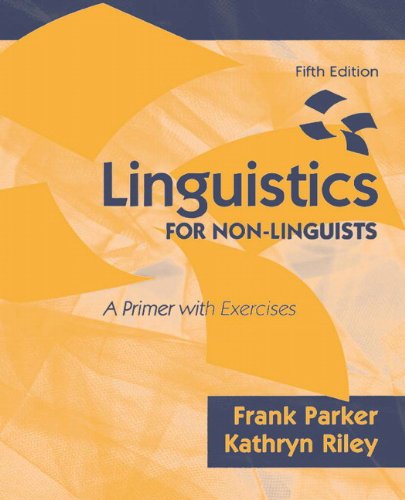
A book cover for Linguistics for Non-Linguists: A Primer with Exercises (5th Edition); Frank Parker; Medical Books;